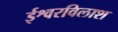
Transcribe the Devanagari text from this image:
ईश्वरविलाश